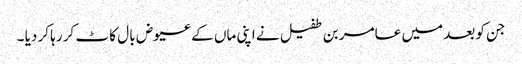
جن کو بعد میں عامر بن طفیل نے اپنی ماں کے عیوض با ل کا ٹ کر رہا کر دیا ۔